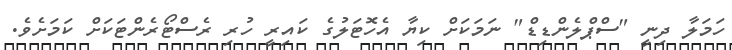
ހަމަލާ ދިނީ "ސްޕްލެންޑިޑް" ނަމަކަށް ކިޔާ އެހޮޓަލުގެ ކައިރީ ހުރި ރެސްޓޯރެންޓަކަށް ކަމަށެވެ.